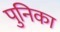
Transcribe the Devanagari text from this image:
पुनिका